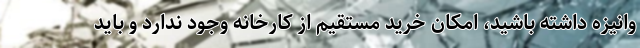
وانیزه داشته باشید، امکان خرید مستقیم از کارخانه وجود ندارد و باید